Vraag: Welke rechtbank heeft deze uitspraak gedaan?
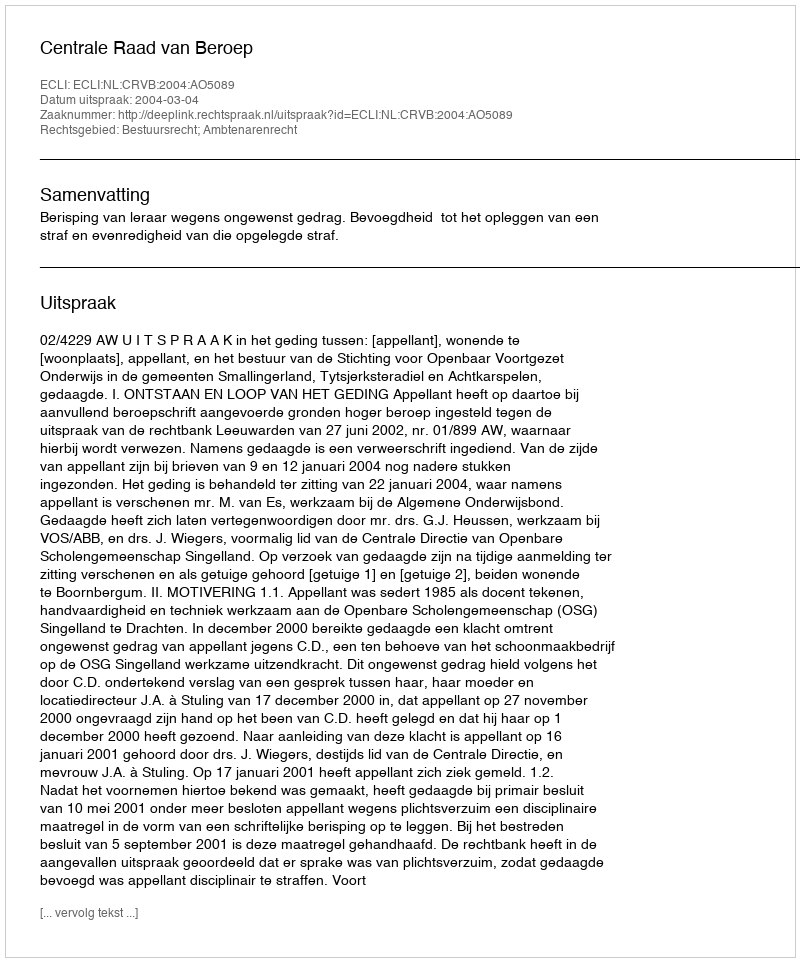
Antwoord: Centrale Raad van Beroep